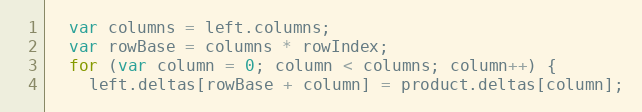
Language: JavaScript
  var columns = left.columns;
  var rowBase = columns * rowIndex;
  for (var column = 0; column < columns; column++) {
    left.deltas[rowBase + column] = product.deltas[column];